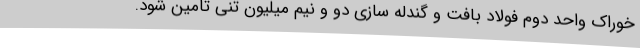
خوراک واحد دوم فولاد بافت و گندله سازی دو و نیم میلیون تنی تامین شود.